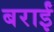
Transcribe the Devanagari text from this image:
बराईं